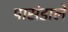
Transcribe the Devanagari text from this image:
पासंडाले